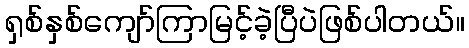
ရှစ်နှစ်ကျော်ကြာမြင့်ခဲ့ပြီပဲဖြစ်ပါတယ်။